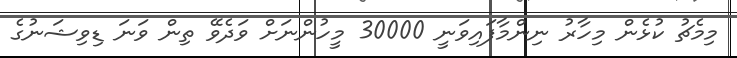
މިމެޗު ކުޅެން މިހާރު ނިންމާފައިވަނީ 30000 މީހުންނަށް ވަދެވޭ ތިން ވަނަ ޑިވިޝަނުގެ